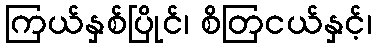
ကြယ်နှစ်ပြိုင်၊ စိတြငယ်နှင့်၊